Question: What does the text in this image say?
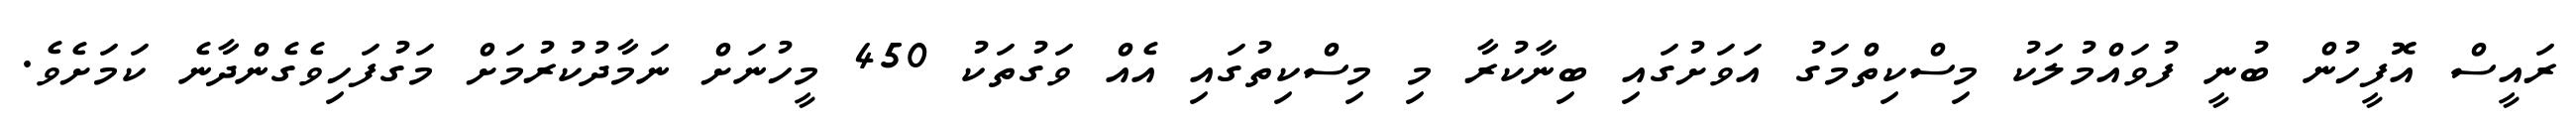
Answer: ރައީސް އޮފީހުން ބުނީ ފުވައްމުލަކު މިސްކިތްމަގު އަވަށުގައި ބިނާކުރާ މި މިސްކިތުގައި އެއް ވަގުތަކު 450 މީހުނަށް ނަމާދުކުރުމަށް މަގުފަހިވެގެންދާނެ ކަމަށެވެ.